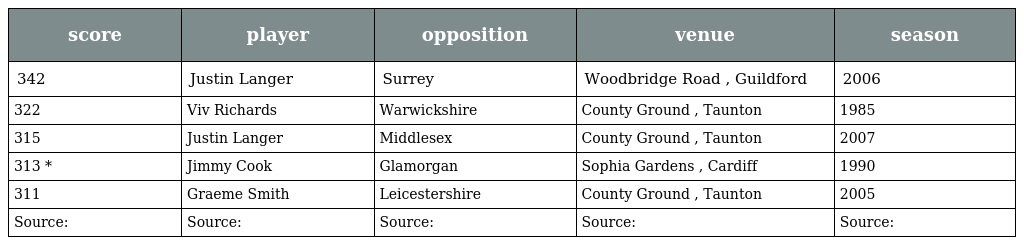
| score | player | opposition | venue | season |
 | --- | --- | --- | --- | --- |
 | 342 | Justin Langer | Surrey | Woodbridge Road , Guildford | 2006 |
 | 322 | Viv Richards | Warwickshire | County Ground , Taunton | 1985 |
 | 315 | Justin Langer | Middlesex | County Ground , Taunton | 2007 |
 | 313 * | Jimmy Cook | Glamorgan | Sophia Gardens , Cardiff | 1990 |
 | 311 | Graeme Smith | Leicestershire | County Ground , Taunton | 2005 |
 | Source: | Source: | Source: | Source: | Source: |